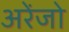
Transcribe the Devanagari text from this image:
अरेंजो